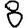
Digit: 8